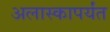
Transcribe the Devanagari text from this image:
अलास्कापर्यंत